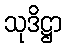
သုဒိဋ္ဌာ